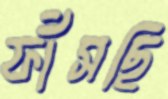
ফাঁসছি